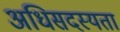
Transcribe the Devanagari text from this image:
अधिसदस्यता